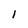
Character: l